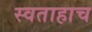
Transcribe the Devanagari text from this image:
स्वताहाच